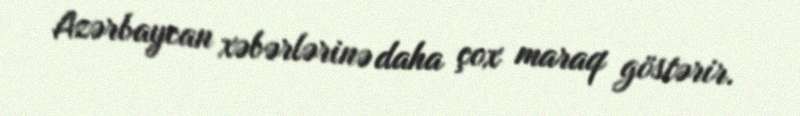
Azərbaycan xəbərlərinə daha çox maraq göstərir.